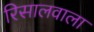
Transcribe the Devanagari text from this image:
रिसालवाला